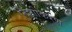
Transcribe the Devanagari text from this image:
निशाीकरण